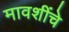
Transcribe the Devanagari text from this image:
मावशींचे